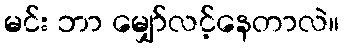
မင်း ဘာ မျှော်လင့်နေတာလဲ။